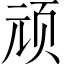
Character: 顽